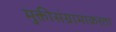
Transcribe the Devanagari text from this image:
मुक्तीसंग्रामाकरता